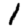
Digit: 1